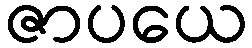
ဇာပယေ